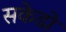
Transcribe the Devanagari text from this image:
सकेडो